Report on inoculation in the plague infected areas of the Punjab and its dependencies from October 1900 to September 1901
Year: 1900
Disease focus: Plague
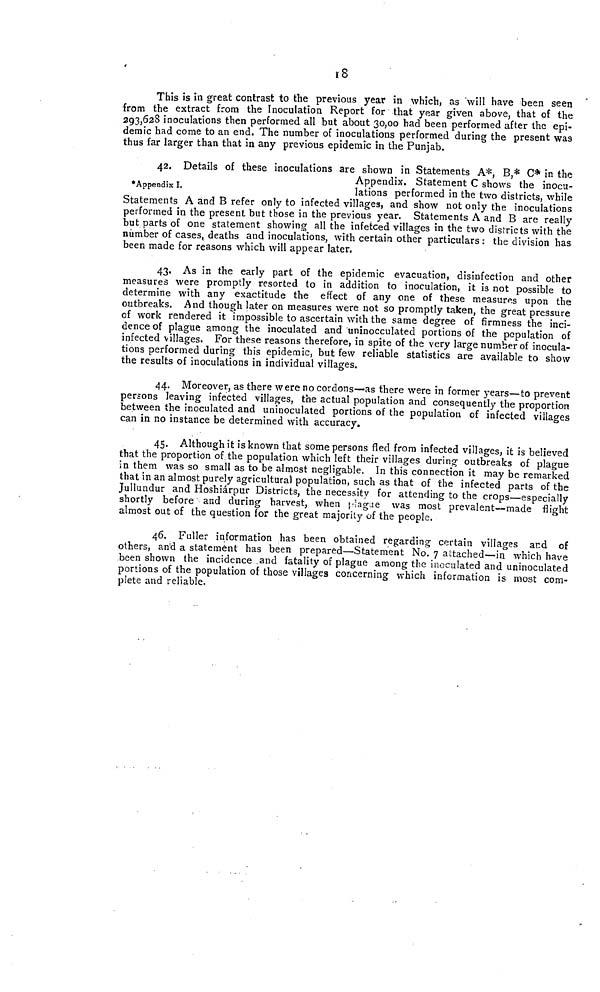
18
This is in great contrast to the previous year in which, as will have been seen
from the extract from the Inoculation Report for that year given above, that of the
293,628 inoculations then performed all but about 30,00 had been performed after the epi-
demic had come to an end. The number of inoculations performed during the present was
thus far larger than that in any previous epidemic in the Punjab.
*Appendix I.
42. Details of these inoculations are shown in Statements A*, B,* C* in the
Appendix. Statement C shows the inocu-
lations performed in the two districts, while
Statements A and B refer only to infected villages, and show not only the inoculations
performed in the present but those in the previous year. Statements A and B are really
but parts of one statement showing all the infetced villages in the two districts with the
number of cases, deaths and inoculations, with certain other particulars: the division has
been made for reasons which will appear later.
43. As in the early part of the epidemic evacuation, disinfection and other
measures were promptly resorted to in addition to inoculation, it is not possible to
determine with any exactitude the effect of any one of these measures upon the
outbreaks. And though later on measures were not so promptly taken, the great pressure
of work rendered it impossible to ascertain with the same degree of firmness the inci-
dence of plague among the inoculated and uninocculated portions of the population of
infected villages. For these reasons therefore, in spite of the very large number of inocula-
tions performed during this epidemic, but few reliable statistics are available to show
the results of inoculations in individual villages.
44. Moreover, as there were no cordons—as there were in former years—to prevent
persons leaving infected villages, the actual population and consequently the proportion
between the inoculated and uninoculated portions of the population of infected villages
can in no instance be determined with accuracy.
45. Although it is known that some persons fled from infected villages, it is believed
that the proportion of the population which left their villages during outbreaks of plague
in them was so small as to be almost negligable. In this connection it may be remarked
that in an almost purely agricultural population, such as that of the infected parts of the
Jullundur and Hoshiárpur Districts, the necessity for attending to the crops—especially
shortly before and during harvest, when \ill\agae was most prevalent—made flight
almost out of the question for the great majority of the people.
46. Fuller information has been obtained regarding certain villages and of
others, and a statement has been prepared—Statement No. 7 attached—in which have
been shown the incidence and fatality of plague among the inoculated and uninoculated
portions of the population of those villages concerning which information is most com-
plete and reliable.